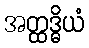
အတ္ထဒ္ဓိယံ